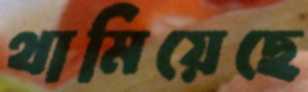
থামিয়েছে